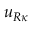
\boldsymbol { u } _ { \boldsymbol { R } \kappa }